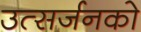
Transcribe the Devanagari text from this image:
उत्सर्जनको